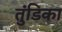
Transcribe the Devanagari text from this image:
तुंडिका